Civil Veterinary Department. United Provinces 1912-22 - 1912-1922
Year: 1912
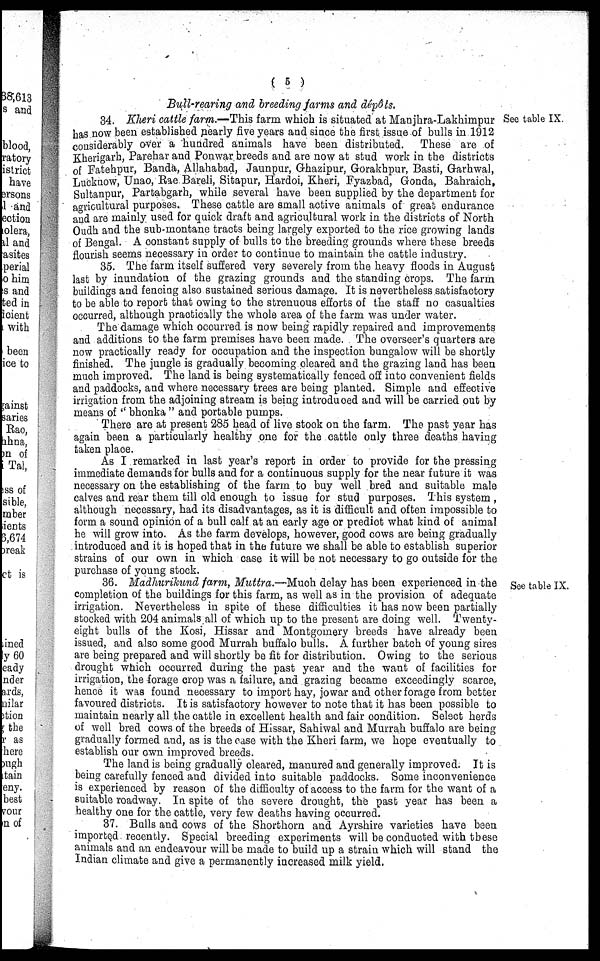
( 5 )
Bull-rearing and breeding farms and dépôts.
See table IX.
34. Kheri cattle farm.—This farm which is situated at Man jhra-Lakhimpur 8
has now been established nearly five years and since the first issue of bulls in 1912
considerably over a hundred animals have been distributed. These are of
Kherigarh, Parehar and Ponwar breeds and are now at stud work in the districts
of Fatehpur, Banda, Allahabad, Jaunpur, Ghazipur, Gorakhpur, Basti, Garhwal,
Lucknow, Unao, Rae Bareli, Sitapur, Hardoi, Kheri, Fyazbad, Gonda, Bahraich,
Sultanpur, Partabgarh, while several have been supplied by the department for
agricultural purposes. These cattle are small active animals of great endurance
and are mainly used for quick draft and agricultural work in the districts of North
Oudh and the sub-montane tracts being largely exported to the rice growing lands
of Bengal. A constant supply of bulls to the breeding grounds where these breeds
flourish seems necessary in order to continue to maintain the cattle industry.
35. The farm itself suffered very severely from the heavy floods in August
last by inundation of the grazing grounds and the standing crops. The farm
buildings and fencing also sustained serious damage. It is nevertheless satisfactory
to be able to report that owing to the strenuous efforts of the staff no casualties
occurred, although practically the whole area of the farm was under water.
The damage which occurred is now being rapidly repaired and improvements
and additions to the farm premises have been made. The overseer's quarters are
now practically ready for occupation and the inspection bungalow will be shortly
finished. The jungle is gradually becoming cleared and the grazing land has been
much improved. The land is being systematically fenced off into convenient fields
and paddocks, and where necessary trees are being planted. Simple and effective
irrigation from the adjoining stream is being introduced and will be carried out by
means of " bhonka " and portable pumps.
There are at present 285 head of live stock on the farm. The past year has
again been a particularly healthy one for the cattle only three deaths having
taken place.
As I remarked in last year's report in order to provide for the pressing
immediate demands for bulls and for a continuous supply for the near future it was
necessary on the establishing of the farm to buy well bred and suitable male
calves and rear them till old enough to issue for stud purposes. This system ,
although necessary, had its disadvantages, as it is difficult and often impossible to
form a sound opinion of a bull calf at an early age or prediet what kind of animal
he will grow into. As the farm develops, however, good cows are being gradually
introduced and it is hoped that in the future we shall be able to establish superior
strains of our own in which case it will be not necessary to go outside for the
purchase of young stock.
See table IX.
36. Madhurikund farm, Muttra.—Much delay has been experienced in the
completion of the buildings for this farm, as well as in the provision of adequate
irrigation. Nevertheless in spite of these difficulties it has now been partially
stocked with 204 animals all of which up to the present are doing well. Twenty-
eight bulls of the Kosi, Hissar and Montgomery breeds have already been
issued, and also some good Murrah buffalo bulls. A further batch of young sires
are being prepared and will shortly bo fit for distribution. Owing to the serious
drought which occurred during the past year and the want of facilities for
irrigation, the forage crop was a failure, and grazing became exceedingly scarce,
hence it was found necessary to import hay, jowar and other forage from better
favoured districts. It is satisfactory however to note that it has been possible to
maintain nearly all the cattle in excellent health and fair condition. Select herds
of well bred cows of the breeds of Hissar, Sahiwal and Murrah buffalo are being
gradually formed and, as is the case with the Kheri farm, we hope eventually to
establish our own improved breeds.
The land is being gradually cleared, manured and generally improved. It is
being carefully fenced and divided into suitable paddocks. Some inconvenience
is experienced by reason of the difficulty of access to the farm for the want of a
suitable roadway. In spite of the severe drought, the past year has been a
healthy one for the cattle, very few deaths having occurred.
37. Bulls and cows of the Shorthorn and Ayrshire varieties have been
imported recently. Special breeding experiments will be conducted with these
animals and an endeavour will be made to build up a strain which will stand the
Indian climate and give a permanently increased milk yield.